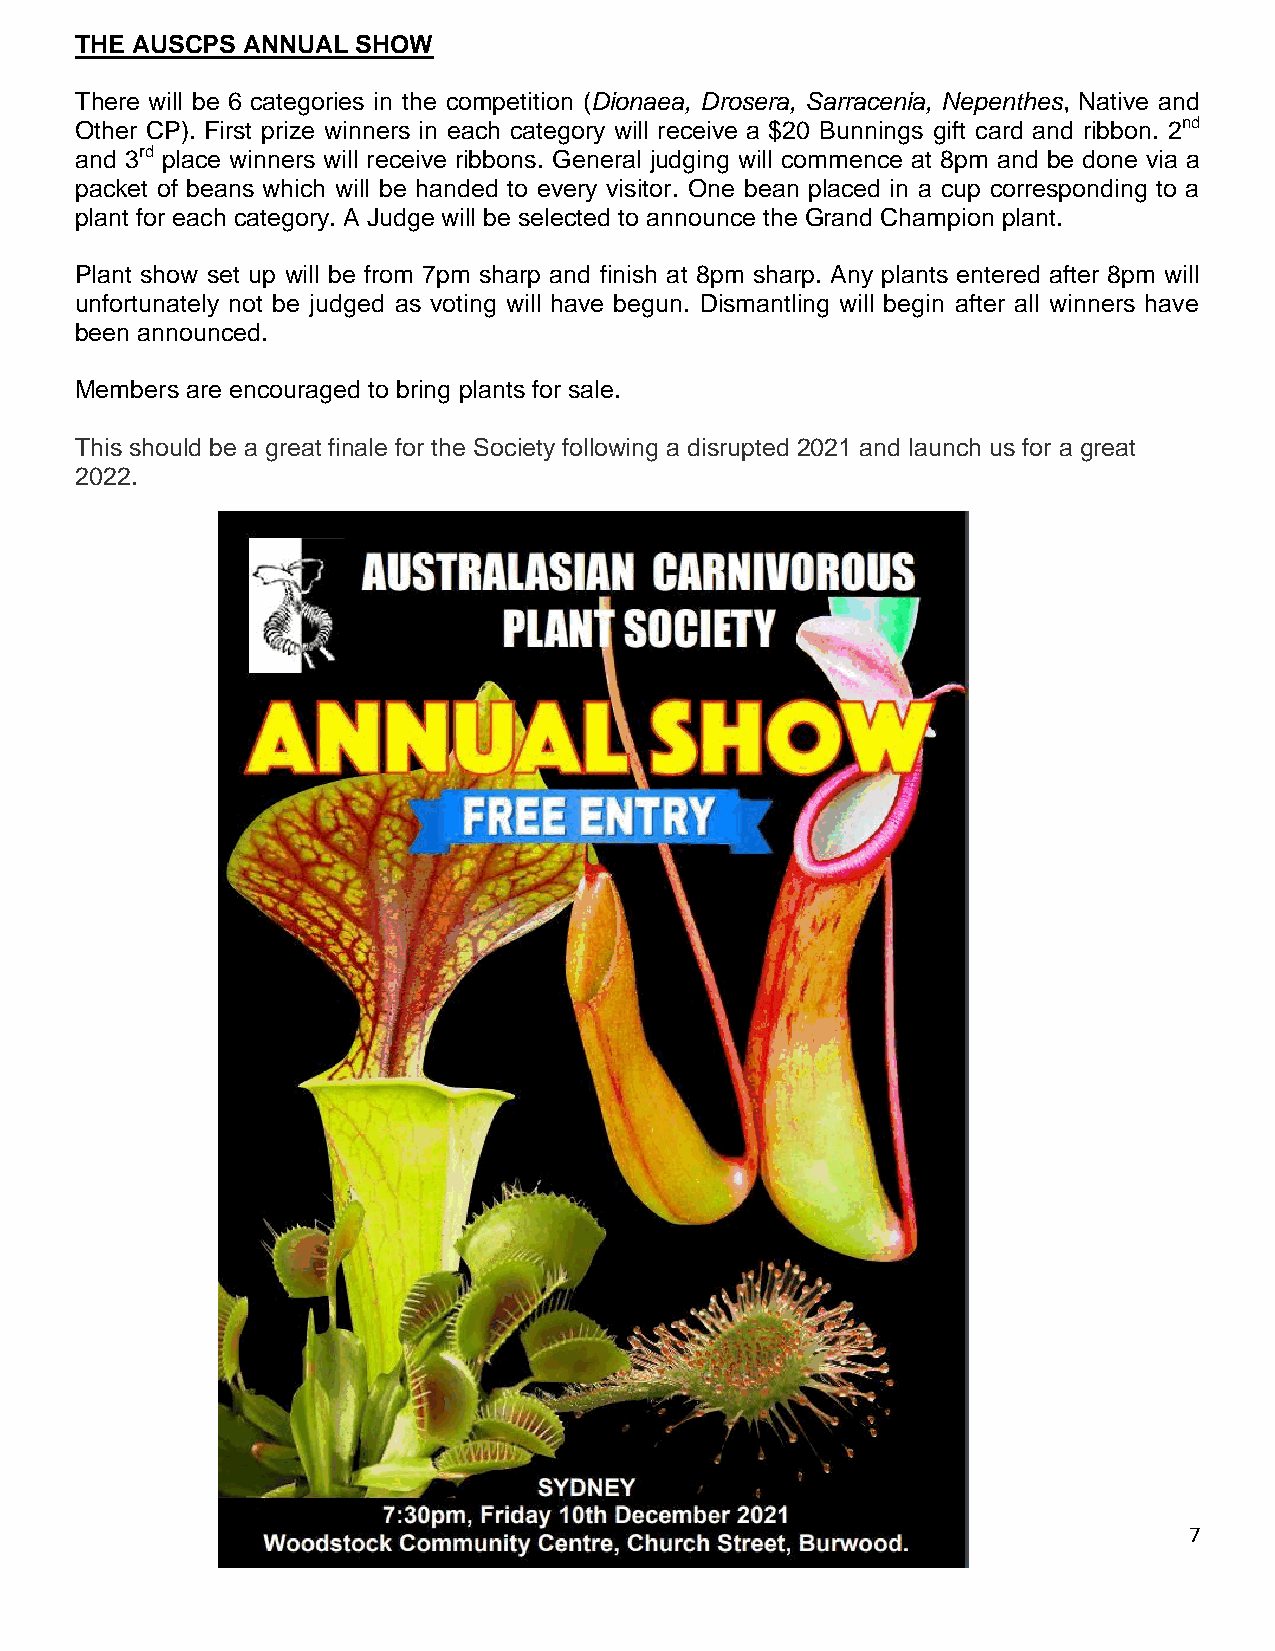
THE AUSCPS ANNUAL  SHOW
 There will be 6 categories in the competition (Dionaea, Drosera, Sarracenia, Nepenthes, Native and
 Other CP). First prize winners in each category will receive a $20 Bunnings gift card and ribbon. 2nd
 and 3rd place winners will receive ribbons. General judging will commence at 8pm and be done via a
 packet of beans which will be handed to every visitor. One bean placed in a cup corresponding to a
 plant for each category. A Judge will be selected to announce the Grand Champion plant.
 Plant show set up will be from 7pm sharp and finish at 8pm sharp. Any plants entered after 8pm will
 unfortunately not be judged as voting will have begun. Dismantling will begin after all winners have
 been announced.
 Members are encouraged to bring plants for sale.
 This should be a great finale for the Society following a disrupted 2021 and launch us for a great
 2022.
 7